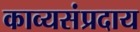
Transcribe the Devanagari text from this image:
काव्यसंप्रदाय